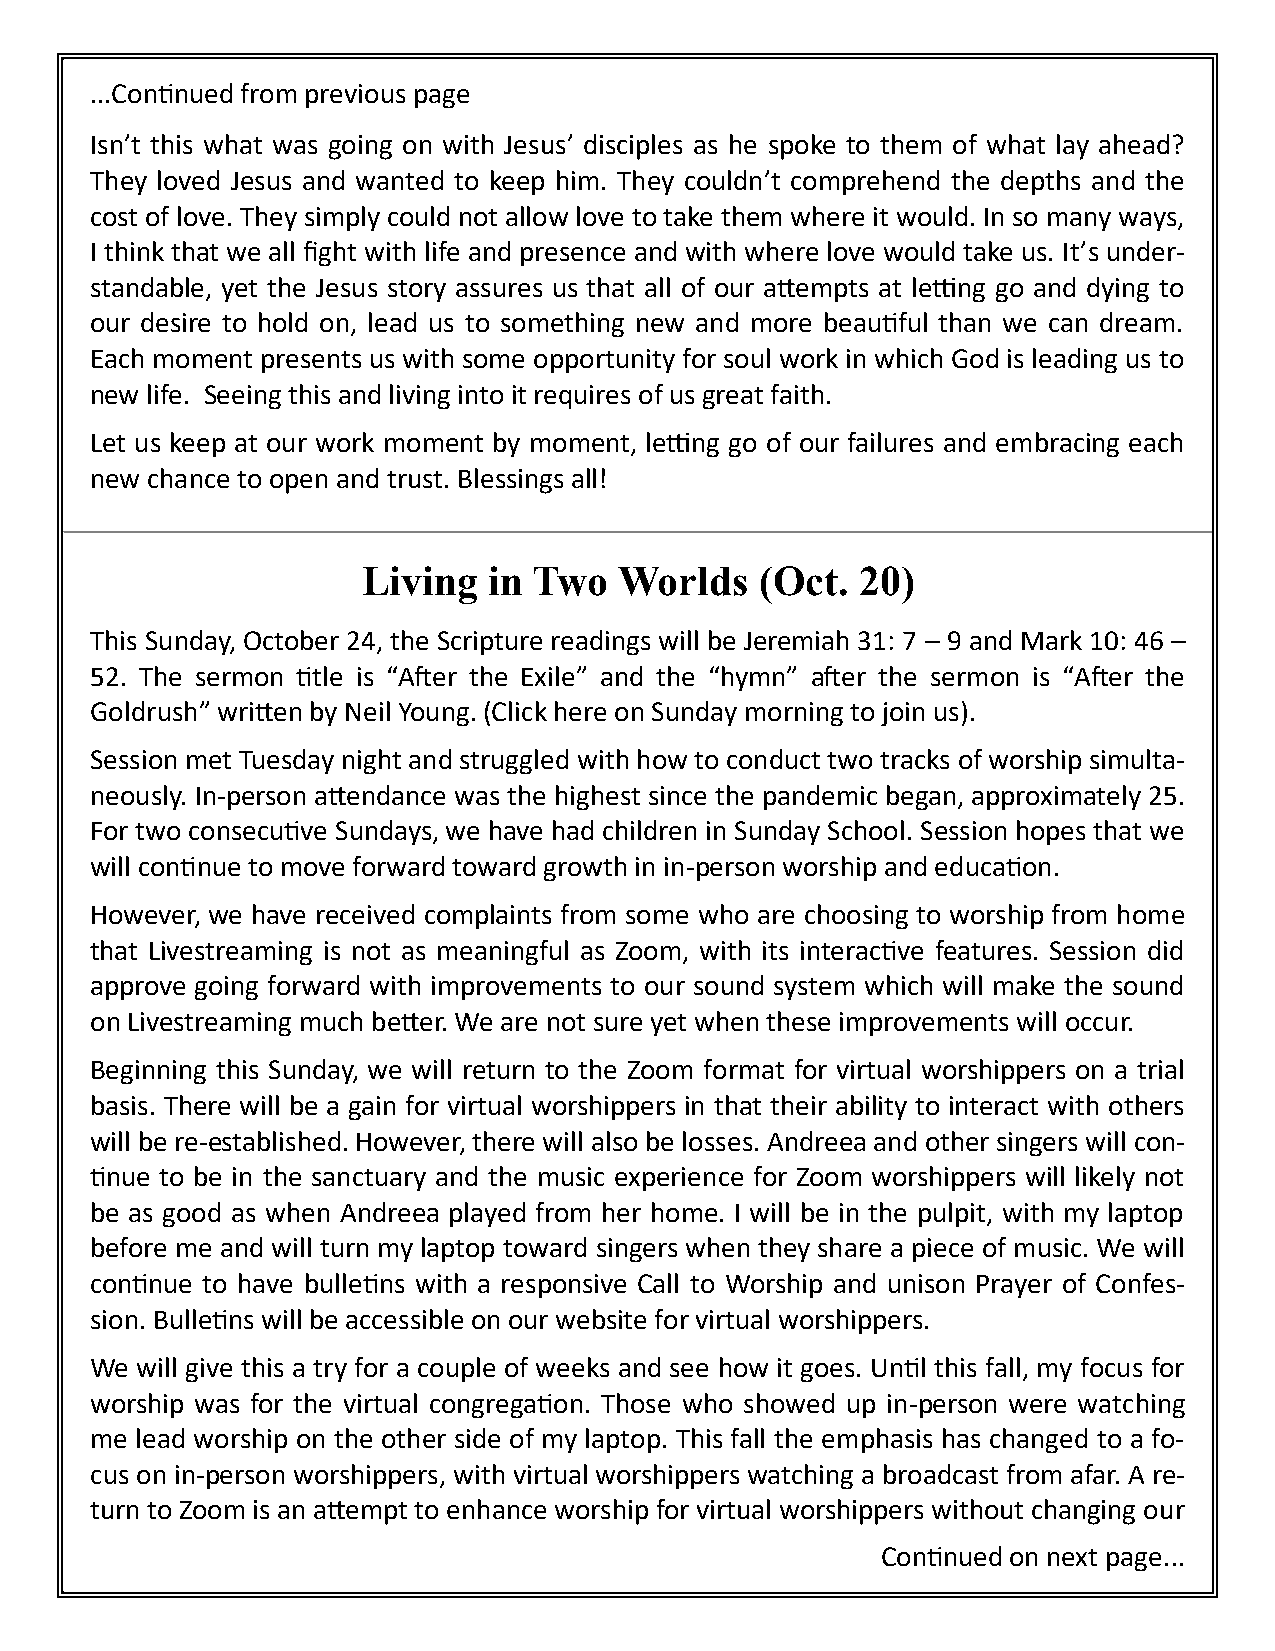
...Continued from previous page
 Isn’t this what was going on with Jesus’ disciples as he spoke to them of what lay ahead?
 They loved Jesus and wanted to keep him. They couldn’t comprehend the depths and the
 cost of love. They simply could not allow love to take them where it would. In so many ways,
 I think that we all fight with life and presence and with where love would take us. It’s under-
 standable, yet the Jesus story assures us that all of our attempts at letting go and dying to
 our desire to hold on, lead us to something new and more beautiful than we can dream.
 Each moment presents us with some opportunity for soul work in which God is leading us to
 new life. Seeing this and living into it requires of us great faith.
 Let us keep at our work moment by moment, letting go of our failures and embracing each
 new chance to open and trust. Blessings all!
 Living  in Two   Worlds   (Oct.  20)
 This Sunday, October 24, the Scripture readings will be Jeremiah 31: 7 – 9 and Mark 10: 46 –
 52. The sermon title is “After the Exile” and the “hymn” after the sermon is “After the
 Goldrush” written by Neil Young. (Click here on Sunday morning to join us).
 Session met Tuesday night and struggled with how to conduct two tracks of worship simulta-
 neously. In-person attendance was the highest since the pandemic began, approximately 25.
 For two consecutive Sundays, we have had children in Sunday School. Session hopes that we
 will continue to move forward toward growth in in-person worship and education.
 However, we have received complaints from some who are choosing to worship from home
 that Livestreaming is not as meaningful as Zoom, with its interactive features. Session did
 approve going forward with improvements to our sound system which will make the sound
 on Livestreaming much better. We are not sure yet when these improvements will occur.
 Beginning this Sunday, we will return to the Zoom format for virtual worshippers on a trial
 basis. There will be a gain for virtual worshippers in that their ability to interact with others
 will be re-established. However, there will also be losses. Andreea and other singers will con-
 tinue to be in the sanctuary and the music experience for Zoom worshippers will likely not
 be as good as when Andreea played from her home. I will be in the pulpit, with my laptop
 before me and will turn my laptop toward singers when they share a piece of music. We will
 continue to have bulletins with a responsive Call to Worship and unison Prayer of Confes-
 sion. Bulletins will be accessible on our website for virtual worshippers.
 We will give this a try for a couple of weeks and see how it goes. Until this fall, my focus for
 worship was for the virtual congregation. Those who showed up in-person were watching
 me lead worship on the other side of my laptop. This fall the emphasis has changed to a fo-
 cus on in-person worshippers, with virtual worshippers watching a broadcast from afar. A re-
 turn to Zoom is an attempt to enhance worship for virtual worshippers without changing our
 Continued on next page...